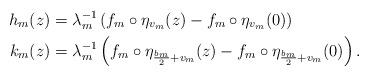
LaTeX: \begin{align*} h_m(z)&= \lambda_m^{-1} \left( f_m\circ\eta_{v_m}(z) - f_m\circ\eta_{v_m}(0) \right) \\k_m(z)&= \lambda_m^{-1} \left( f_m\circ\eta_{\frac{b_m}{2} + v_m}(z) - f_m\circ\eta_{\frac{b_m}{2} + v_m}(0) \right).\end{align*}